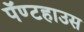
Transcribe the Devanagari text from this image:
पॅण्टहाउस